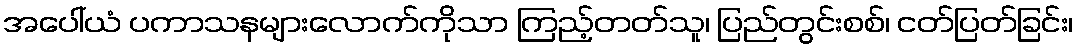
အပေါ်ယံ ပကာသနများလောက်ကိုသာ ကြည့်တတ်သူ၊ ပြည်တွင်းစစ်၊ ငတ်ပြတ်ခြင်း၊